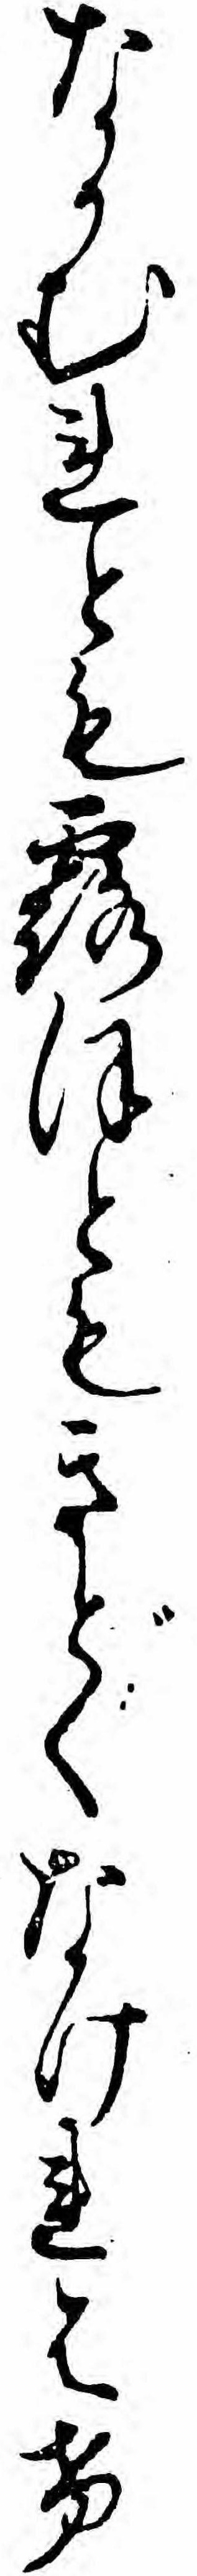
なかむれとも露ほともきどくなけれはけ